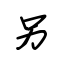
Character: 另